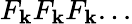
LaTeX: F_{\mathbf{k}}F_{\mathbf{k}}F_{\mathbf{k}}...